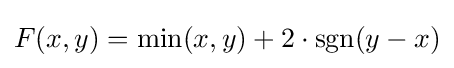
F(x,y)=\min(x,y)+2\cdot \operatorname {sgn}(y-x)